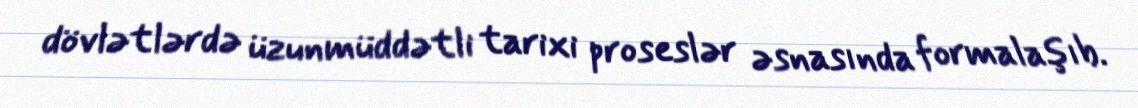
dövlətlərdə üzunmüddətli tarixi proseslər əsnasında formalaşıb.